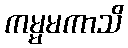
ကမ္မမကာသိ